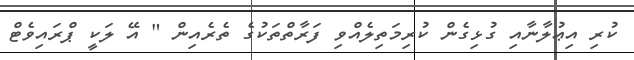
ކުރި އިޢުލާނާއި ގުޅިގެން ކުރިމަތިލެއްވި ފަރާތްތަކުގެ ތެރެއިން " އޭ ލަކީ ޕްރައިވެޓް